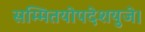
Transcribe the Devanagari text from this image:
सम्मितयोपदेशयुजे।